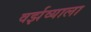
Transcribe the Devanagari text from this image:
वर्झव्याला